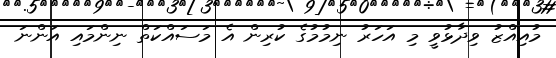
މުއިއްޒު ވިދާޅުވީ މި އަހަރު ނިމުމުގެ ކުރިން އެ މަސައްކަތް ނިންމައި އަންނަ